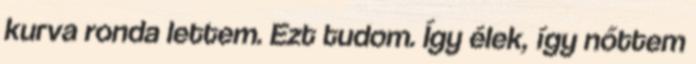
kurva ronda lettem. Ezt tudom. Így élek, így nőttem